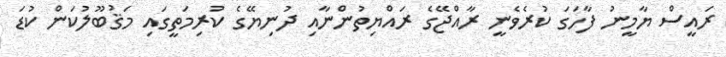
ރައީސް ޔާމީނު ފާހަގަ ކުރެވެނީ ރާއްޖޭގެ ރައްޔިތުންނާއި ދުނިޔޭގެ ކުރިމަތީގައި މަޤުބޫލުކަން ކުޑަ